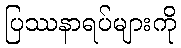
ပြဿနာရပ်များကို